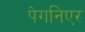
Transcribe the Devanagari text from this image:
पेगनिएर